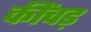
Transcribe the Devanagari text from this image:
कींचड़